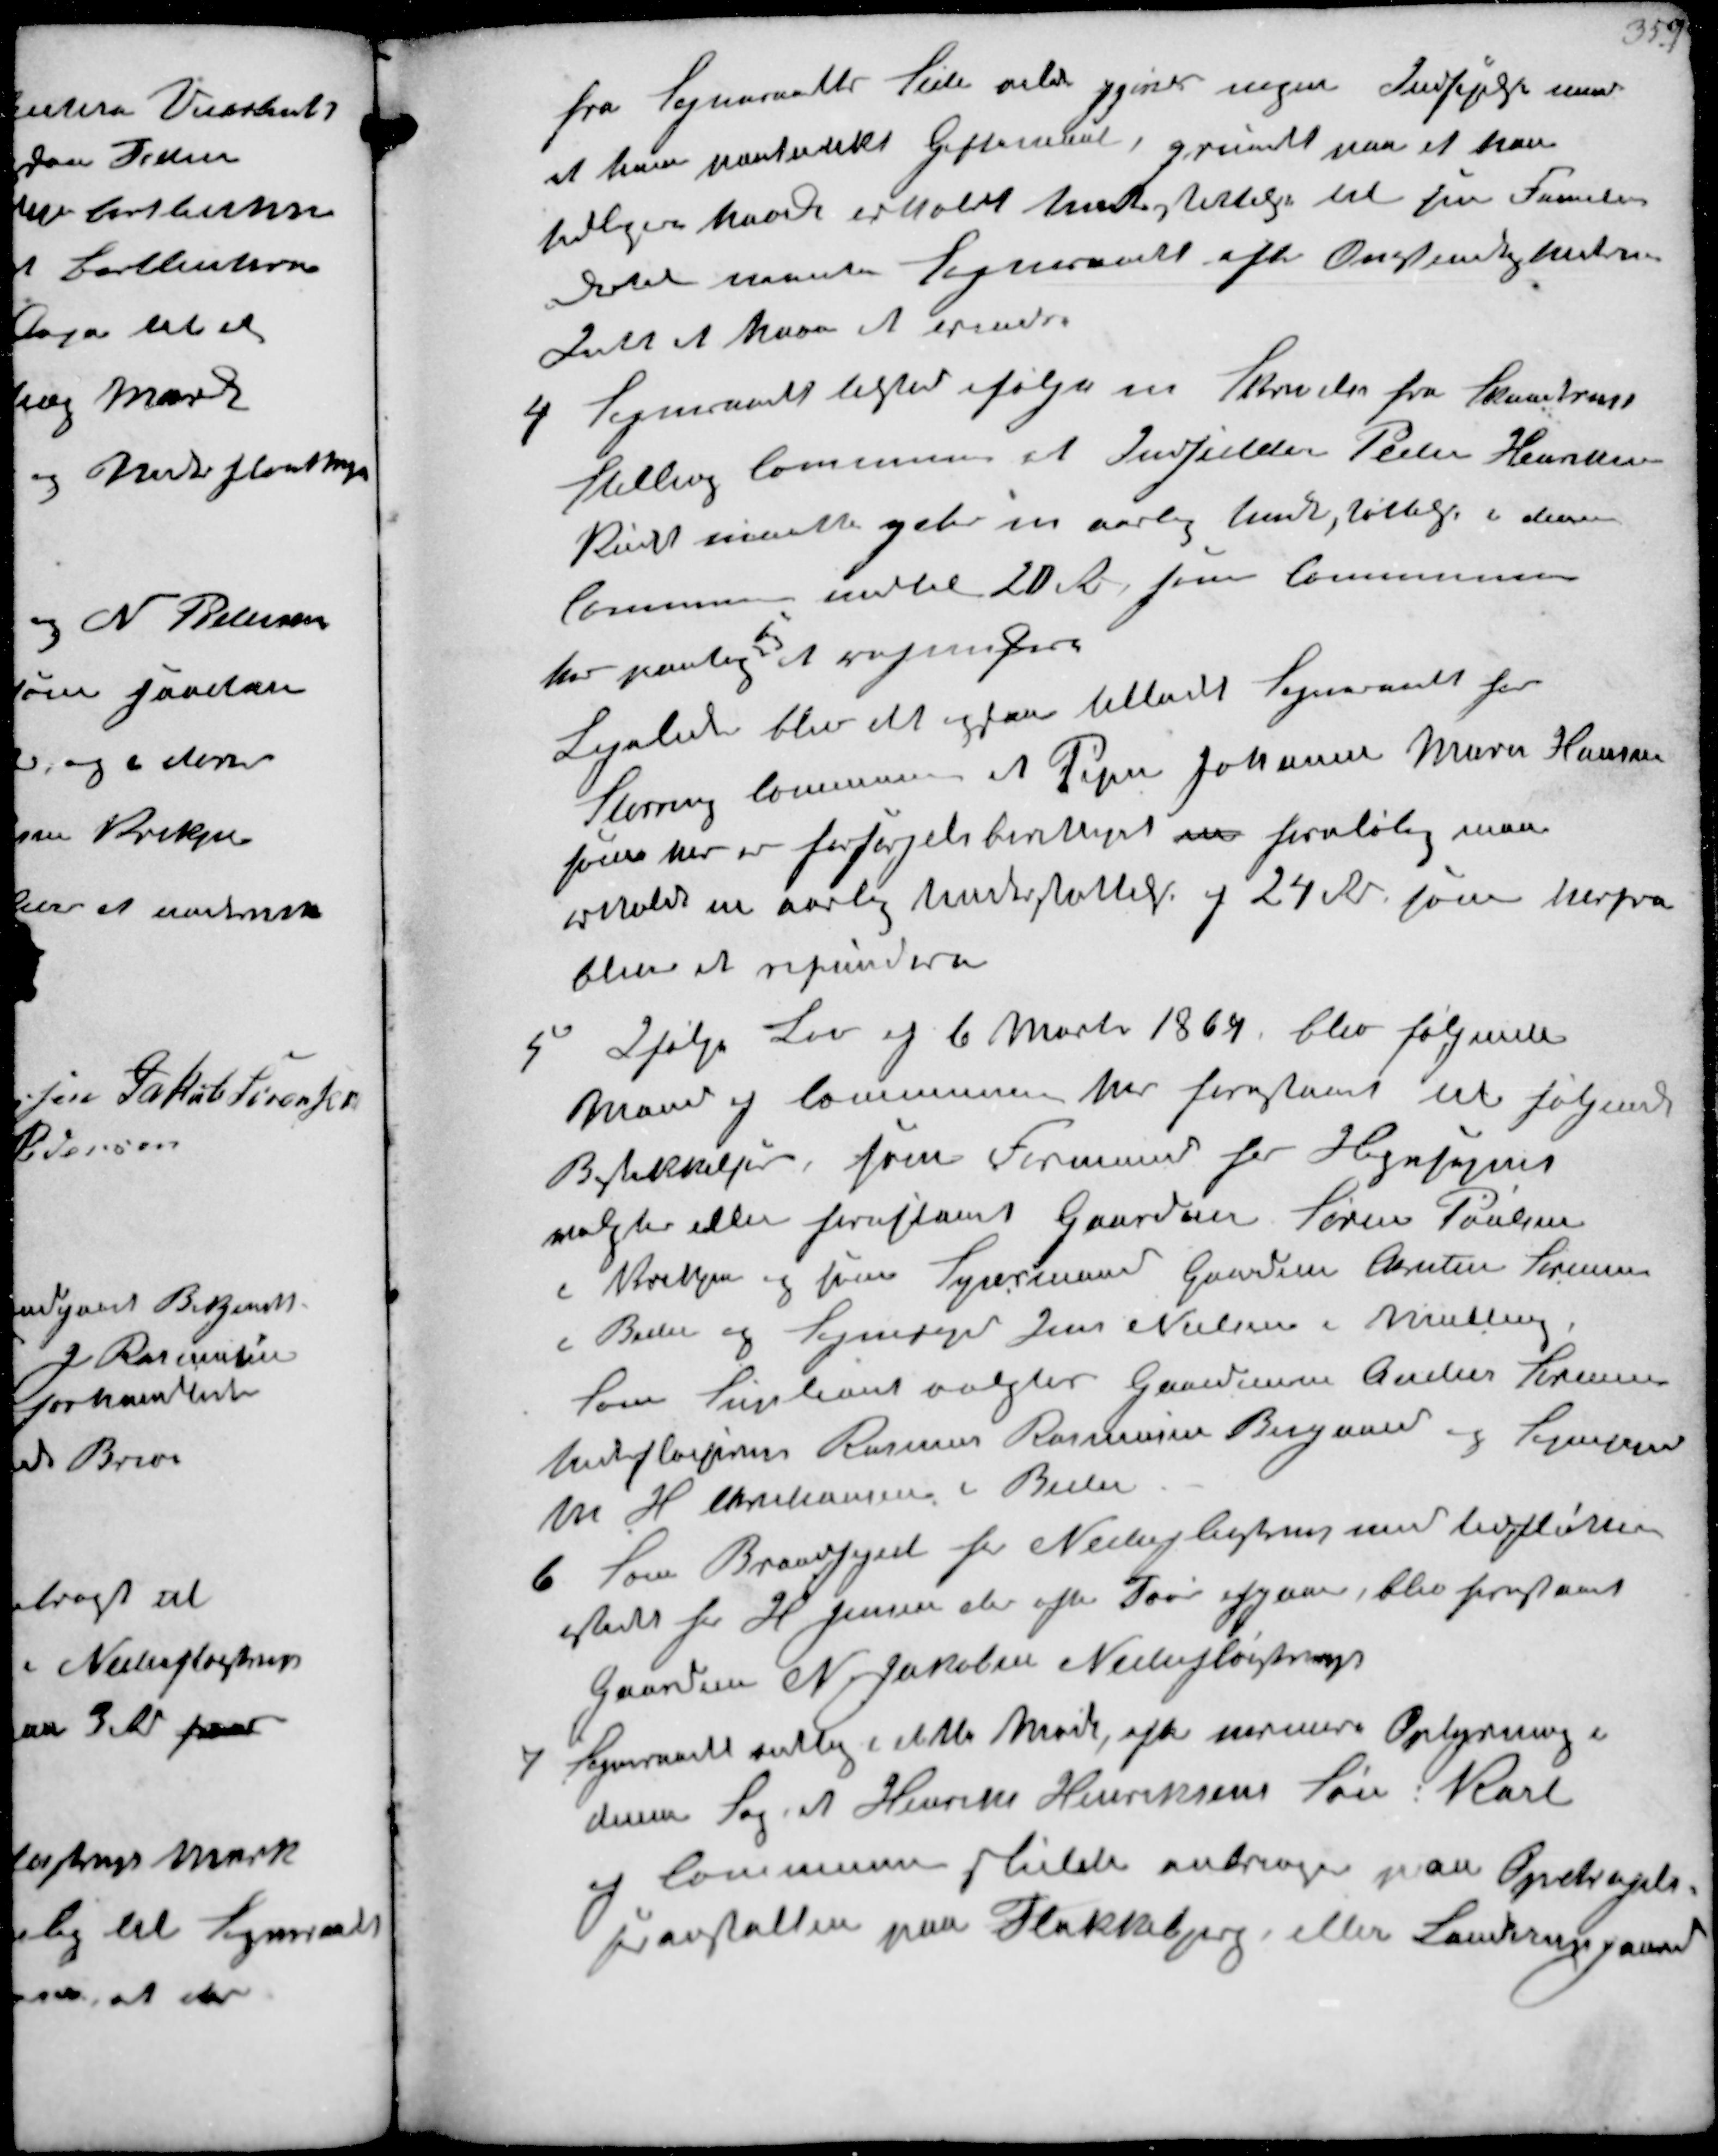
Transskription:
fra Sogneraadets Side vilde gjøres nogen Indsigelse mod
at han paatænkt Giftemaal, grundet paa at han
tidligere havde erholdt Understøttelse til sin Familie
dertil mente Sogneraaret efter Omstændighederne
Intet at have at erindre

4
Sogneraadet listed ifølge en Skrivelse fra Skandrup
Stilling Commune at Indsidder Peder Hansen
Rindt maatte yde en aarlig Understøttelse i denne
Commune indtil 20 Rd som Communen
har paataget
sig
at refundere
Ligelede blev det ogsaa tilladt Sogneraadet for
Storring Commune at Pigen Johanne Marie Hansen
som her er forsørgenberget en foreløbig maa
erhold en aarlig Understøttelse af 24 Rd som herfra
blive at refundere

5
Ifølge Lov af 6 Marts 1864 blev følgende
Mænd og Communen her forestaaet til følgende
Beskikkelse, som Formand for Hegnsynet
valgtes eller foreslaaet Gaardm Søren Poulsen
i Krekjær og som Synsmand Gaardm Christen Sørensen
i Beder og Sognefoged Jens Nielsen i Malling
som Supleant valgtes Gaardman Anders Hansen
 Rasmus Rasmussen Bisgaard og Bagersvend
M H Christiansen i Beder

6
Som Brandfoged for Nederfløjstrup med  
istedet for H Jensen der efter Tur afgaar, blev foreslaaet
Gaardmd N Jacobsen Nederfløjstrup

7
Sogneraadet vedtog i dette Møde, efter nærmere Oplysning i
denne Sag at Henrik Henriksens Søn Karl
af Communen skulde anbringes paa Opdragel-
sesanstalten paa Flakkebjerg eller Sandrupgaard